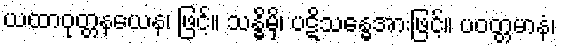
ယထာဝုတ္တနယေန၊ ဖြင့်။ သန္ဓိမှိ၊ ပဋိသန္ဓေအားဖြင့်။ ပဝတ္တမာနံ၊